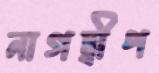
নাগদ্বীপ